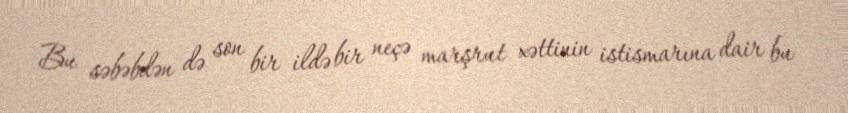
Bu səbəbdən də son bir ildə bir neçə marşrut xəttinin istismarına dair bu